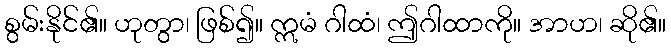
စွမ်းနိုင်၏။ ဟုတွာ၊ ဖြစ်၍။ ဣမံ ဂါထံ၊ ဤဂါထာကို။ အာဟ၊ ဆို၏။